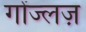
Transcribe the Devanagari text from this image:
गोंज्लज़